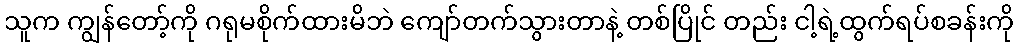
သူက ကျွန်တော့်ကို ဂရုမစိုက်ထားမိဘဲ ကျော်တက်သွားတာနဲ့ တစ်ပြိုင် တည်း ငါ့ရဲ့ထွက်ရပ်စခန်းကို